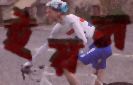
ইয়ল